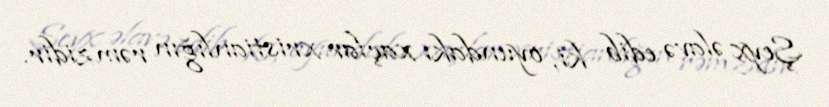
Şeyx əlavə edib ki, oyundakı xaçlar xristianlığın rəmzidir.